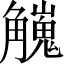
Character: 𧥇